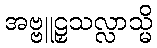
အဗ္ဗူဠှသလ္လာသ္မိ